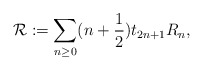
\begin{align*}{\cal R}:=\sum_{n\geq 0}(n+\frac{1}{2})t_{2n+1}R_n,\end{align*}